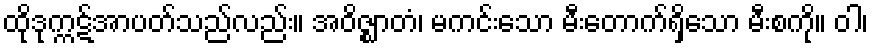
ထိုဒုက္ကဋ်အာပတ်သည်လည်း။ အဝိဇ္ဈာတံ၊ မကင်းသော မီးတောက်ရှိသော မီးစကို။ ဝါ၊